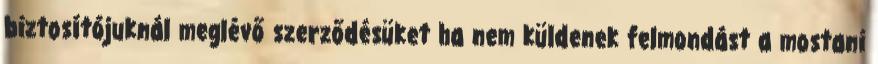
biztosítójuknál meglévő szerződésüket ha nem küldenek felmondást a mostani